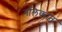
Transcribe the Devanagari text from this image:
नलिकात